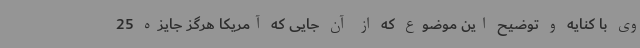
وی با کنایه و توضیح این موضوع که از آن جایی که آمریکا هرگز جایزه 25